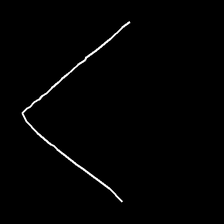
Glyph: region